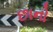
છાનો